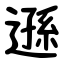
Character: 遜